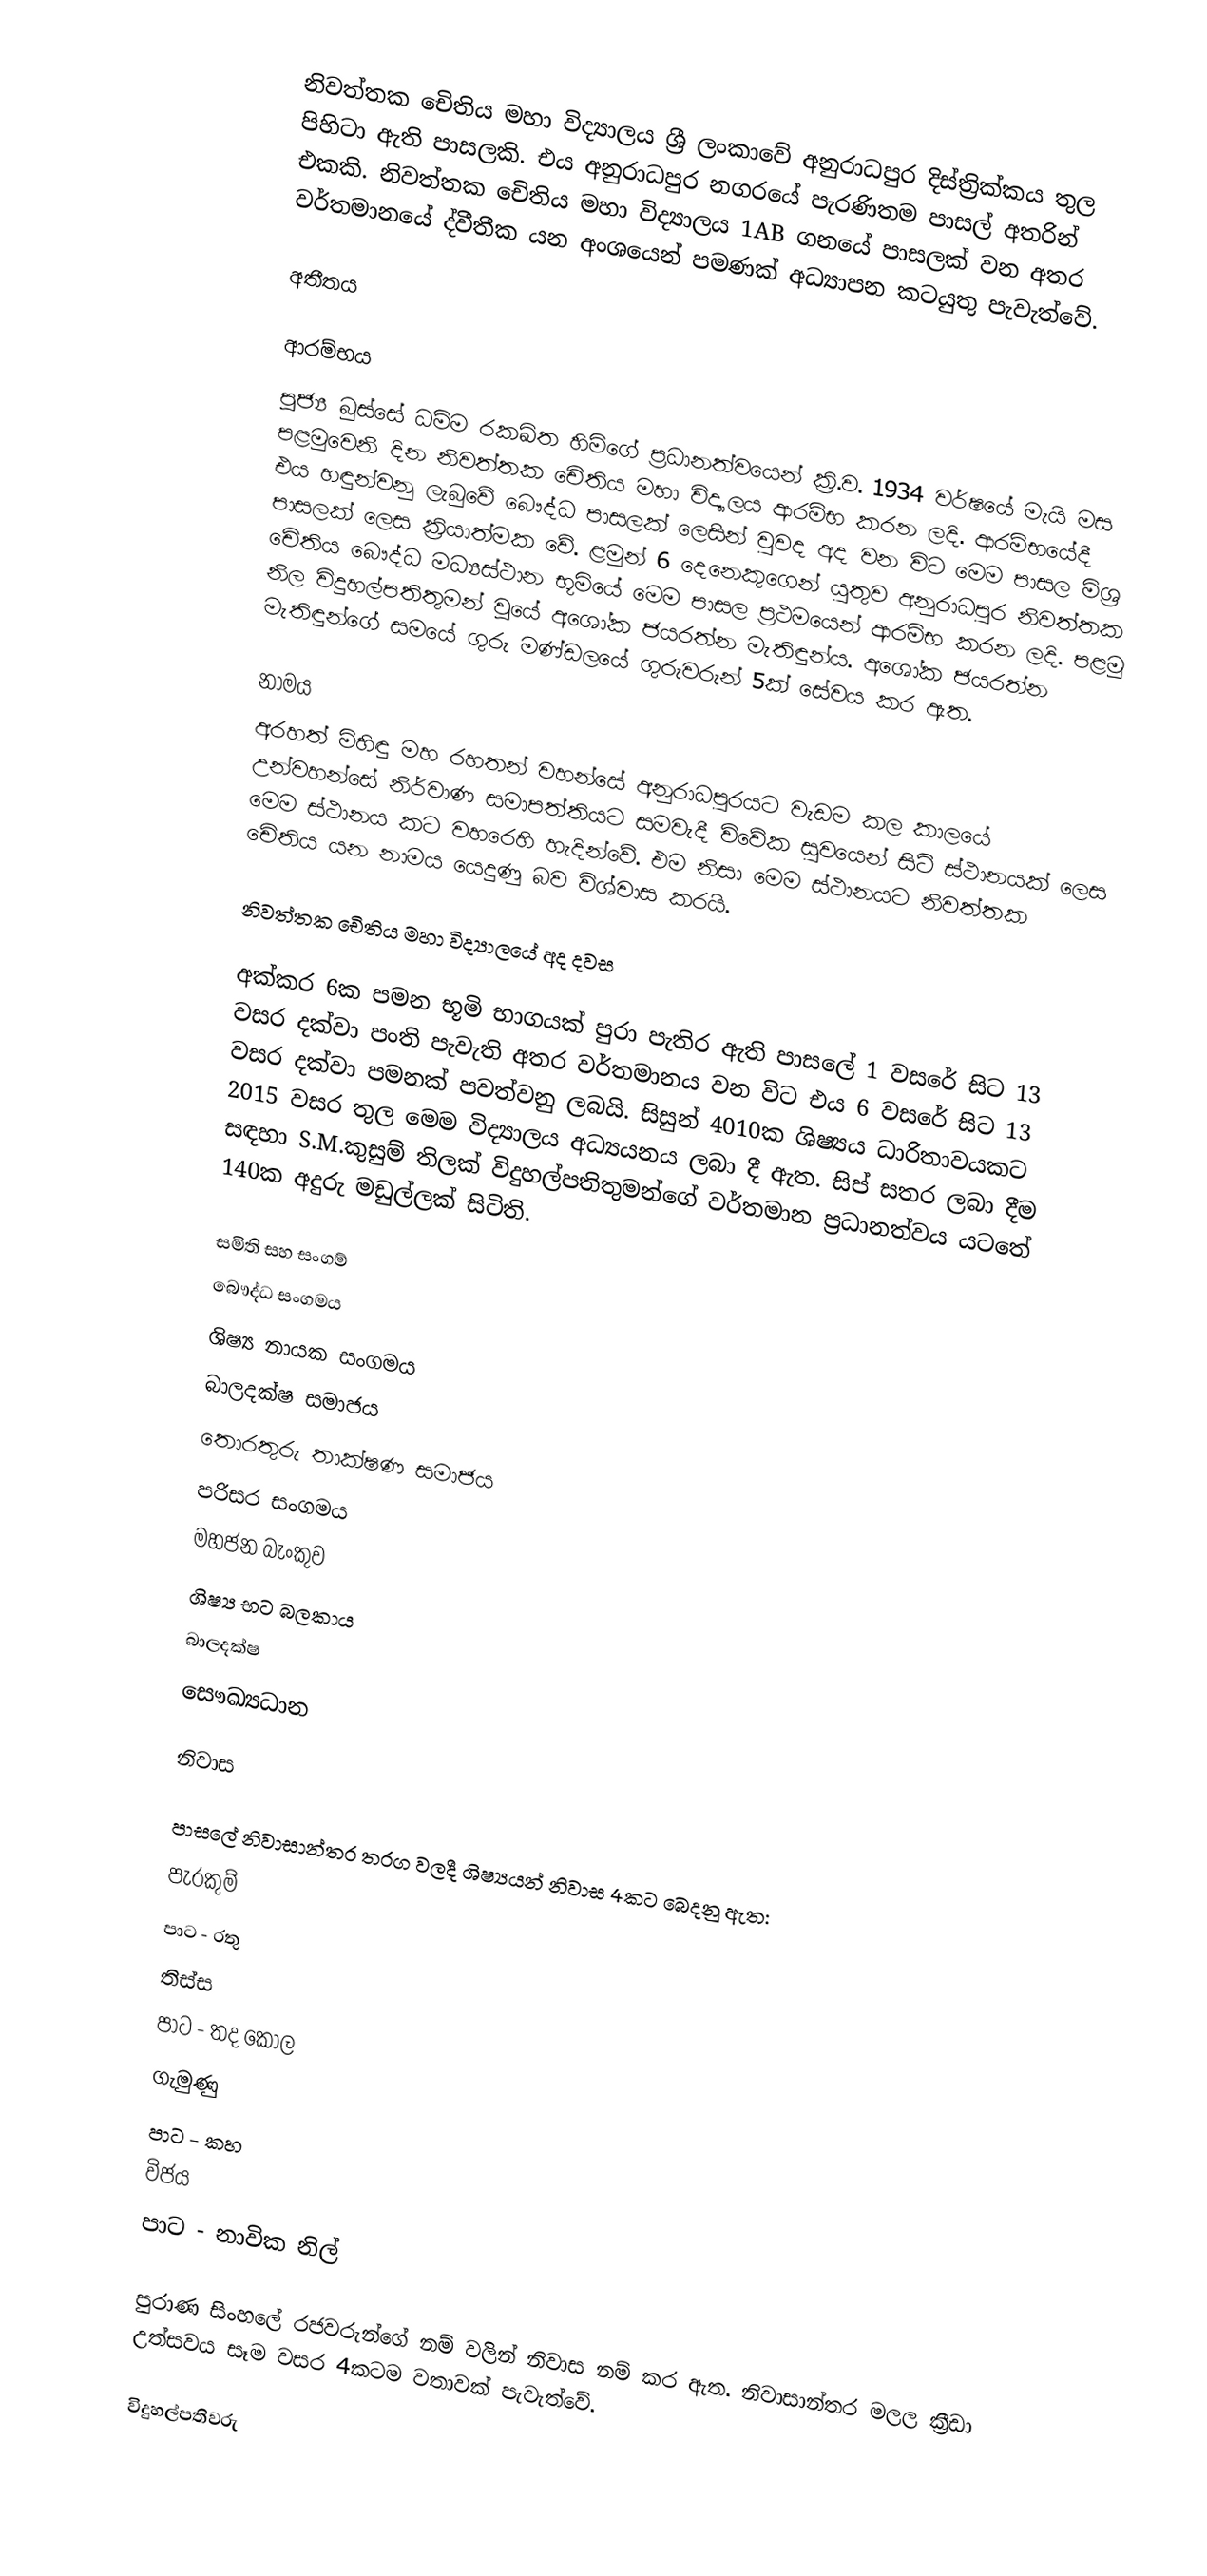
නිවත්තක චෙිතිය මහා විද්‍යාලය ශ්‍රී ලංකාවේ අනුරාධපුර දිස්ත්‍රික්කය තුල පිහිටා ඇති පාසලකි. එය අනුරාධපුර නගරයේ පැරණිතම පාසල් අතරින් එකකි. නිවත්තක චෙිතිය මහා විද්‍යාලය 1AB ගනයේ පාසලක් වන අතර වර්තමානයේ ද්වීතීක යන අංශයෙන් පමණක් අධ්‍යාපන කටයුතු පැවැත්වේ.

අතීතය

ආරම්භය
පූජ්‍ය බුස්සේ ධම්ම රකඛිත හිමිගේ ප්‍රධානත්වයෙන් ක්‍රි.ව. 1934 වර්ෂයේ මැයි මස පළමුවෙනි දින නිවත්තක චෙිතිය මහා විද්‍යාලය ආරම්භ කරන ලදි. ආරම්භයේදී එය හඳුන්වනු ලැබුවේ බෞද්ධ පාසලක් ලෙසින් වුවද අද වන විට මෙම පාසල මිශ්‍ර පාසලක් ලෙස ක්‍රියාත්මක වේ.  ළමුන් 6 දෙනෙකුගෙන් යුතුව අනුරාධපුර නිවත්තක චෙිතිය බෞද්ධ මධ්‍යස්ථාන භූමියේ මෙම පාසල ප්‍රථමයෙන් ආරම්භ කරන ලදි. පළමු නිල විදුහල්පතිතුමන් වූයේ අශෝක ජයරත්න මැතිඳුන්ය. අශෝක ජයරත්න මැතිඳුන්ගේ සමයේ ගුරු මණ්ඩලයේ ගුරුවරුන් 5ක් සේවය කර ඇත.

නාමය
අරහත් මිහිඳු මහ රහතන් වහන්සේ අනුරාධපුරයට වැඩම කල කාලයේ උන්වහන්සේ නිර්වාණ සමාපත්තියට සමවැදී විවේක සුවයෙන් සිටි ස්ථානයක් ලෙස මෙම ස්ථානය කට වහරෙහි හැදින්වේ. එම නිසා මෙම ස්ථානයට නිවත්තක චෙිතිය යන නාමය යෙදුණු බව විශ්වාස කරයි.

නිවත්තක චෙිතිය මහා විද්‍යාලයේ අද දවස

අක්කර 6ක පමන භූමි භාගයක් පුරා පැතිර ඇති පාසලේ 1 වසරේ සිට 13 වසර දක්වා පංති පැවැති අතර වර්තමානය වන විට එය 6 වසරේ සිට 13 වසර දක්වා පමනක් පවත්වනු ලබයි. සිසුන් 4010ක ශිෂ්‍යය ධාරිතාවයකට 2015 වසර තුල මෙම විද්‍යාලය අධ්‍යයනය ලබා දී ඇත. සිප් සතර ලබා දීම සඳහා S.M.කුසුම් තිලක් විදුහල්පතිතුමන්ගේ වර්තමාන ප්‍රධානත්වය යටතේ 140ක අදුරු මඩුල්ලක් සිටිති.

සමිති සහ සංගම්
බෞද්ධ සංගමය
ශිෂ්‍ය නායක සංගමය
බාලදක්ෂ සමාජය
තොරතුරු තාක්ෂණ සමාජය
පරිසර සංගමය
මහජන බැංකුව
ශිෂ්‍ය භට බලකාය
බාලදක්ෂ
සෞඛ්‍යධාන

නිවාස

පාසලේ නිවාසාන්තර තරග වලදී ශිෂ්‍යයන් නිවාස 4කට බෙදනු ඇත:
පැරකුම්
පාට -  රතු
තිස්ස
පාට -  තද කොල
ගැමුණු
පාට -  කහ
විජය
පාට -  නාවික නිල්

පුරාණ සිංහලේ රජවරුන්ගේ නම් වලින් නිවාස නම් කර ඇත. නිවාසාන්තර මලල ක්‍රීඩා උත්සවය සෑම වසර 4කටම වතාවක් පැවැත්වේ.

විදුහල්පතිවරු